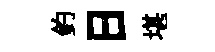
釣日堪